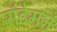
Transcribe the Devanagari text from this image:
संडेमन